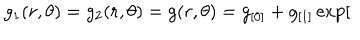
LaTeX: g _ { 1 } ( r , \theta ) = g _ { 2 } ( r , \theta ) = g ( r , \theta ) = g _ { [ 0 ] } + g _ { [ 1 ] } \exp [